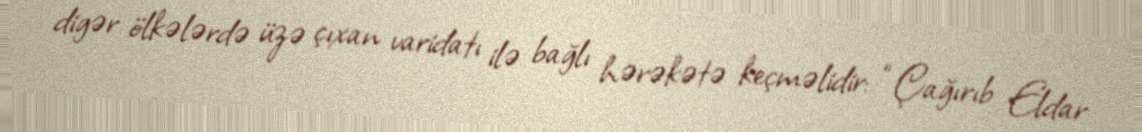
digər ölkələrdə üzə çıxan varidatı ilə bağlı hərəkətə keçməlidir: “Çağırıb Eldar